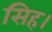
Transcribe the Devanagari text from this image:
सिह।